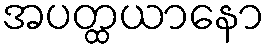
အပတ္ထယာနော